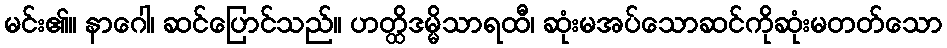
မင်း၏။ နာဂေါ၊ ဆင်ပြောင်သည်။ ဟတ္ထိဒမ္မိသာရထီ၊ ဆုံးမအပ်သောဆင်ကိုဆုံးမတတ်သော